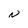
Character: N